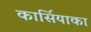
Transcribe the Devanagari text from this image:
कार्सियाका